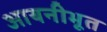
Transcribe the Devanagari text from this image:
आयनीभूत